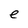
Character: e